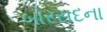
બોરસદના